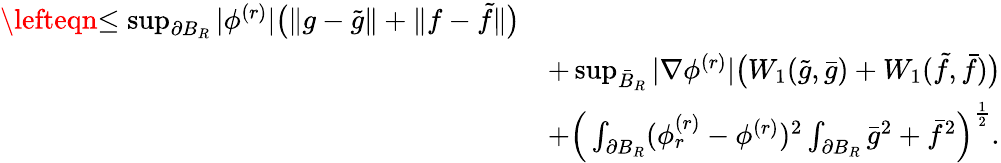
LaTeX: \begin{array}{rl}{\lefteqn{\le\operatorname*{sup}_{\partial B_{R}}|\phi^{(r)}|\big(\| g-\tilde{g}\| +\| f-\tilde{f}\| \big)}}\\ &{+\operatorname*{sup}_{\bar{B}_{R}}|\nabla\phi^{(r)}|\big(W_{1}(\tilde{g},\bar{g})+W_{1}(\tilde{f},\bar{f})\big)}\\ &{+\Big(\int_{\partial B_{R}}(\phi_{r}^{(r)}-\phi^{(r)})^{2}\int_{\partial B_{R}}\bar{g}^{2}+\bar{f}^{2}\Big)^{\frac{1}{2}}.}\end{array}